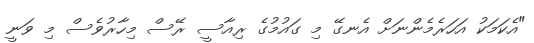
"އެކަމަކު އަހަރެމެންނަށް އެނގޭ މި ގައުމުގެ ރިއާސީ ރޭސް މިހާރުވެސް މި ވަނީ